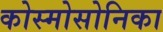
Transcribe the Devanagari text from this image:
कोस्मोसोनिका